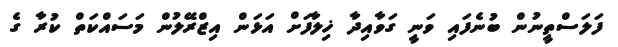
ފަލަސްތީނުން ބުނެފައި ވަނީ ގަވާއިދާ ޚިލާފަށް އަޅަން އިޒްރޭލުން މަސައްކަތް ކުރާ ގެ